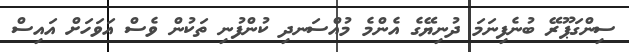
ސިންގަޕޫރޭ ބުނެފިނަމަ ދުނިޔޭގެ އެންމެ މުއްސަނދި ކުންފުނި ތަކުން ވެސް އަވަހަށް އައިސް